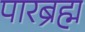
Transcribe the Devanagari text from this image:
पारब्रह्म